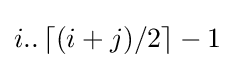
i..\left\lceil (i+j)/2\right\rceil -1